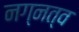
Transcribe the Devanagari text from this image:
नग्नत्व